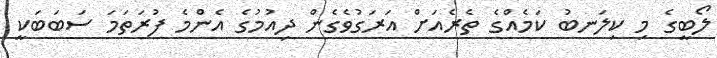
ލޯބީގެ މި ކިލަނބު ކަމެއްގެ ތެރެއަށް އަރަގުވެގެން ދިއުމުގެ އެންމެ ފުރަތަމަ ސަބަބަކީ